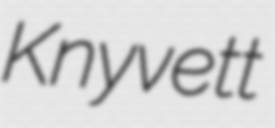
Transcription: Knyvett